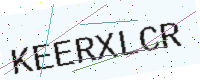
Text: KEERXLCR